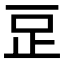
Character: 𣥔